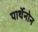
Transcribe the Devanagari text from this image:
पार्थेनोन